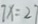
7 x = 2 7